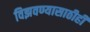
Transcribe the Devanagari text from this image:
विझवण्यासाठीही